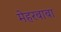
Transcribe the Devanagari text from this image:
मेहरबाबा